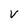
Character: v